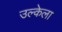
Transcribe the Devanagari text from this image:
उल्केला